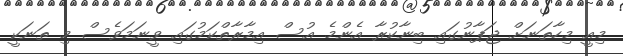
މިއީ މިހާތަނަށް ޖަޕާނުގައި ބިނާކުރާ އެންމެ އުސް އިމާރާތްކަމުގައި ވީނަމަވެސް މި ތަނަކީ